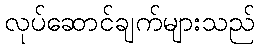
လုပ်ဆောင်ချက်များသည်